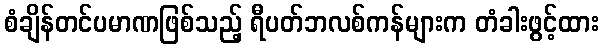
စံချိန်တင်ပမာဏဖြစ်သည့် ရီပတ်ဘလစ်ကန်များက တံခါးဖွင့်ထား